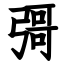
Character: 彁